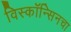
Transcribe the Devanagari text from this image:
विस्कॉन्सिनचा